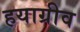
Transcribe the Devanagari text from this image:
हयाग्रीव